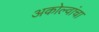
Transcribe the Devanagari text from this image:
अकोल्वांचा